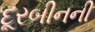
દૂરબીનની